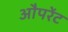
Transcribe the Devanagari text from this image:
औपरेंट